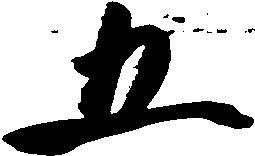
五